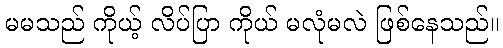
မမသည် ကိုယ့် လိပ်ပြာ ကိုယ် မလုံမလဲ ဖြစ်နေသည်။